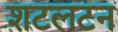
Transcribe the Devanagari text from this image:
शटलटन